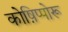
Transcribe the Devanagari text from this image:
कोष़िप्पोरू